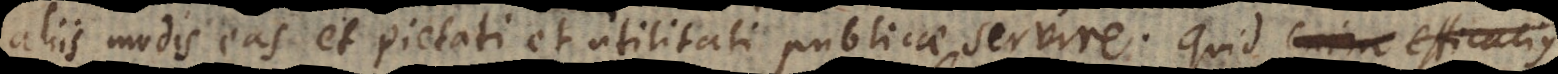
aliis modis eas et pietati et utilitati publicae servire. Quid